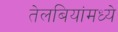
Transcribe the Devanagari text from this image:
तेलबियांमध्ये